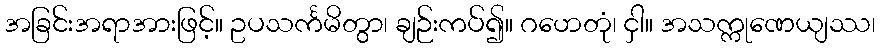
အခြင်းအရာအားဖြင့်။ ဥပသင်္ကမိတွာ၊ ချဉ်းကပ်၍။ ဂဟေတုံ၊ ငှါ။ အသက္ကုဏေယျဿ၊